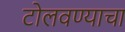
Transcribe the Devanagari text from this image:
टोलवण्याचा